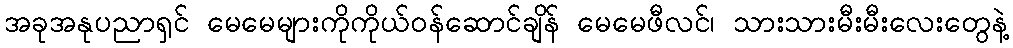
အခုအနုပညာရှင် မေမေများကိုကိုယ်ဝန်ဆောင်ချိန် မေမေဖီလင်၊ သားသားမီးမီးလေးတွေနဲ့